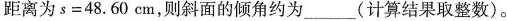
距离为$$s = 48.60 c m$$，则斜面的倾角约为___(计算结果取整数)。